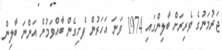
ޖަރުމަނުގެ ވެރިރަށް ބާލިންގައި 1974 ވަނަ އަހަރުން ފެށިގެން ބާއްވަމުން އަންނަ ބާލިން